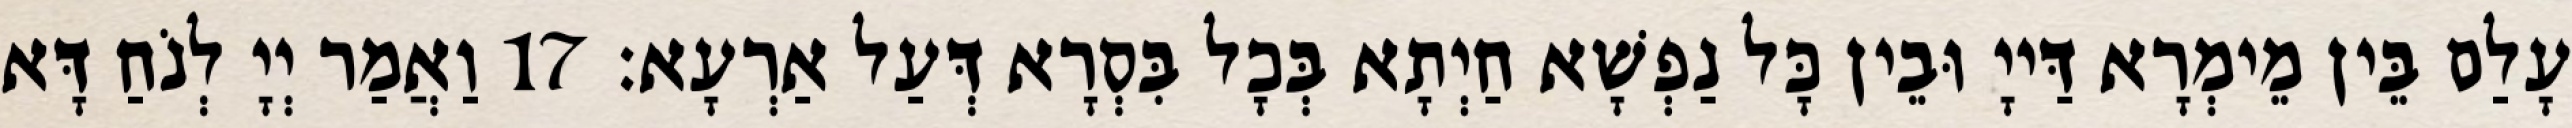
עָלַם בֵּין מֵימְרָא דַּייָ וּבֵין כָּל נַפְשָׁא חַיְתָא בְּכָל בִּסְרָא דְּעַל אַרְעָא׃ 17 וַאֲמַר יְיָ לְנֹחַ דָּא